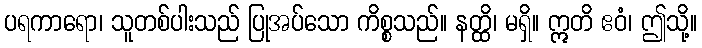
ပရကာရော၊ သူတစ်ပါးသည် ပြုအပ်သော ကိစ္စသည်။ နတ္ထိ၊ မရှိ။ ဣတိ ဧဝံ၊ ဤသို့။